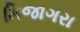
મિજાગરા